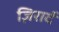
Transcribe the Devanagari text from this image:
ज़िरार्द